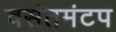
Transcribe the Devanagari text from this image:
वसंतमंटप